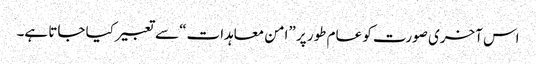
اس آخری صورت کو عام طور پر ”امن معاہدات“ سے تعبیر کیا جاتا ہے۔